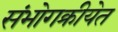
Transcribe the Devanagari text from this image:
संभोगक्रीयेत